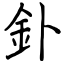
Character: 釙